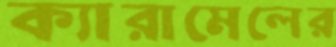
ক্যারামেলের